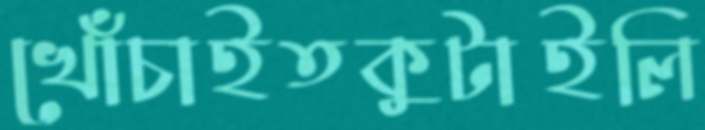
খোঁচাইতকুটাইলি